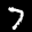
Label: 7